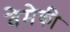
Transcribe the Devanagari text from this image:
तेमेकी